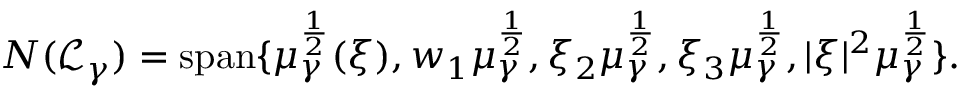
\begin{array} { r } { N ( \mathcal L _ { \gamma } ) = \mathrm { s p a n } \{ \mu _ { \gamma } ^ { \frac { 1 } { 2 } } ( \xi ) , w _ { 1 } \mu _ { \gamma } ^ { \frac { 1 } { 2 } } , \xi _ { 2 } \mu _ { \gamma } ^ { \frac { 1 } { 2 } } , \xi _ { 3 } \mu _ { \gamma } ^ { \frac { 1 } { 2 } } , | \xi | ^ { 2 } \mu _ { \gamma } ^ { \frac { 1 } { 2 } } \} . } \end{array}